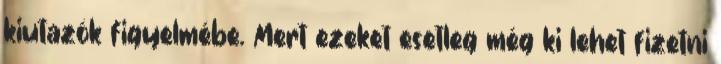
kiutazók figyelmébe. Mert ezeket esetleg még ki lehet fizetni